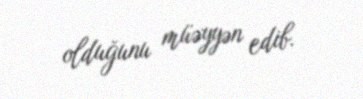
olduğunu müəyyən edib.